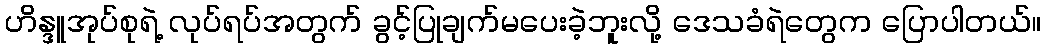
ဟိန္ဒူအုပ်စုရဲ့ လုပ်ရပ်အတွက် ခွင့်ပြုချက်မပေးခဲ့ဘူးလို့ ဒေသခံရဲတွေက ပြောပါတယ်။